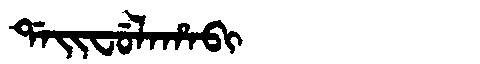
Manchu: ᡩᠠᡳᠸᡠᠯᠠᡥᠠᠪᡳ
Romanization: DAIFULAHABI